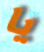
يا